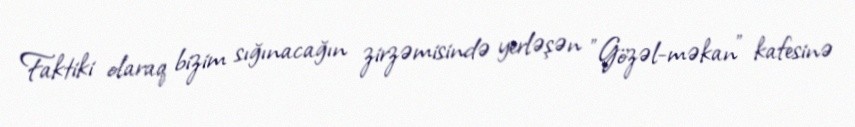
Faktiki olaraq bizim sığınacağın zirzəmisində yerləşən ”Gözəl-məkan" kafesinə